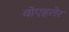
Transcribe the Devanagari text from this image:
वोएहलेर